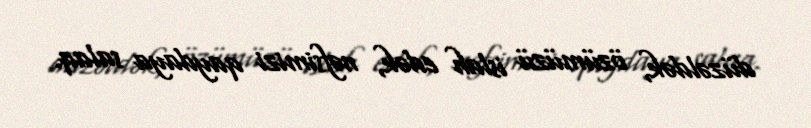
düzəldək, özümüzü islah edək, nəfsimizi qaydaya salaq.